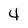
Character: 4